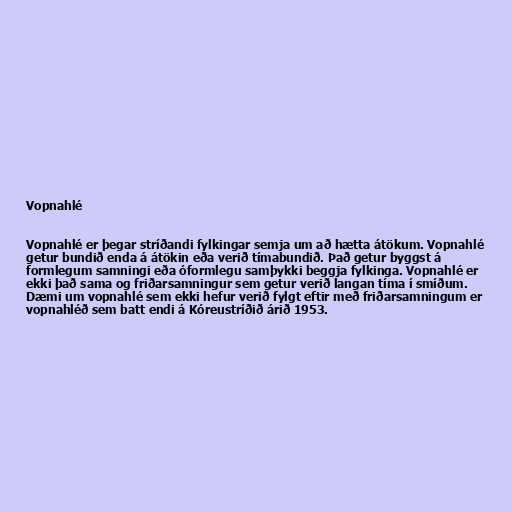
Vopnahlé

Vopnahlé er þegar stríðandi fylkingar semja um að hætta átökum. Vopnahlé
getur bundið enda á átökin eða verið tímabundið. Það getur byggst á
formlegum samningi eða óformlegu samþykki beggja fylkinga. Vopnahlé er
ekki það sama og friðarsamningur sem getur verið langan tíma í smíðum.
Dæmi um vopnahlé sem ekki hefur verið fylgt eftir með friðarsamningum er
vopnahléð sem batt endi á Kóreustríðið árið 1953.